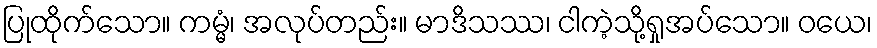
ပြုထိုက်သော။ ကမ္မံ၊ အလုပ်တည်း။ မာဒိသဿ၊ ငါကဲ့သို့ရှုအပ်သော။ ဝယေ၊